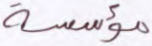
مؤسسة